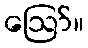
ဪ။